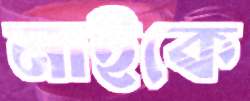
নাইকে